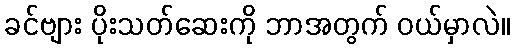
ခင်ဗျား ပိုးသတ်ဆေးကို ဘာအတွက် ဝယ်မှာလဲ။